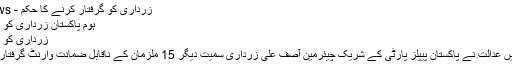
زرداری کو گرفتار کرنے کا حکم - Pak Online News
ہوم پاکستان زرداری کو گرفتار کرنے کا حکم
زرداری کو گرفتار کرنے کا حکم
منی لانڈرنگ کیس میں عدالت نے پاکستان پیپلز پارٹی کے شریک چیئرمین آصف علی زرداری سمیت دیگر 15 ملزمان کے ناقابل ضمانت وارنٹ گرفتاری جاری کردیے ہیں۔